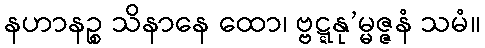
နဟာနဉ္စ သိနာနေ ထော၊ ဗ္ဗဋ္ဋနု’မ္မဇ္ဇနံ သမံ။